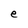
Character: e